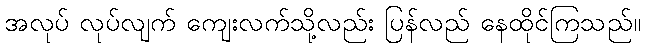
အလုပ် လုပ်လျက် ကျေးလက်သို့လည်း ပြန်လည် နေထိုင်ကြသည်။